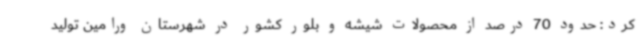
کرد: حدود 70 درصد از محصولات شیشه و بلور کشور در شهرستان ورامین تولید